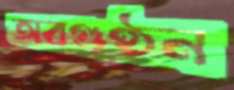
অবগুণ্ঠন